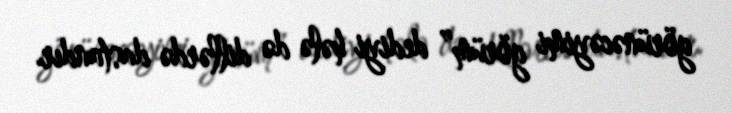
görünəcəyimi görüm” dediyi hələ də dillərdə dastandır.